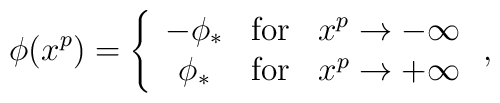
\phi(x^p)=\left\{	\begin{array}{ccc}	-\phi_* & \mathrm{for} & x^p\to -\infty \\	\phi_*  & \mathrm{for} & x^p\to +\infty	\end{array}\right. ,